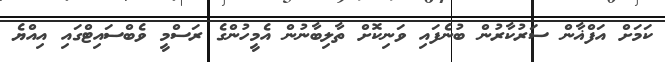
ކަމަށް އަފްޣާން ސަރުކާރުން ބުނެފައި ވަނިކޮށް ތާލިބާނުން އެމީހުންގެ ރަސްމީ ވެބްސައިޓްގައި އިއްޔެ